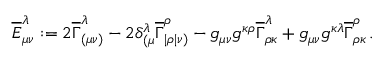
\begin{array} { r } { \overline { { E } } _ { \mu \nu } ^ { \lambda } : = 2 \overline { { \Gamma } } _ { ( \mu \nu ) } ^ { \lambda } - 2 \delta _ { ( \mu } ^ { \lambda } \overline { { \Gamma } } _ { | \rho | \nu ) } ^ { \rho } - g _ { \mu \nu } g ^ { \kappa \rho } \overline { { \Gamma } } _ { \rho \kappa } ^ { \lambda } + g _ { \mu \nu } g ^ { \kappa \lambda } \overline { { \Gamma } } _ { \rho \kappa } ^ { \rho } \, . } \end{array}